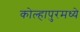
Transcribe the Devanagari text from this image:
कोल्हापुरमध्ये